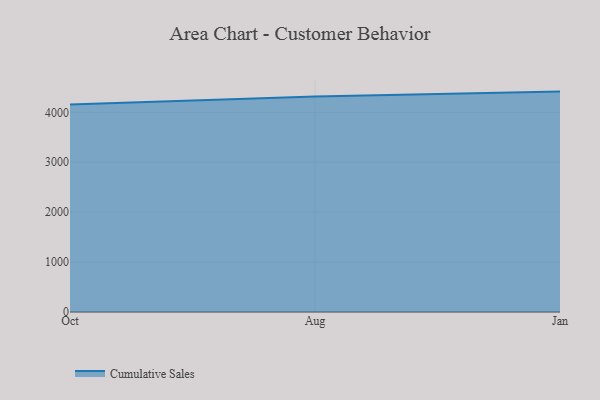
{"axis": {"x": "Month", "y": "Satisfaction Score"}, "legend": ["Cumulative Sales"], "data": [{"x": "Oct", "y": 4158.3, "type": "Cumulative Sales"}, {"x": "Aug", "y": 4318.0, "type": "Cumulative Sales"}, {"x": "Jan", "y": 4415.1, "type": "Cumulative Sales"}]}